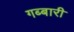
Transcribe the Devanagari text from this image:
गब्बारी